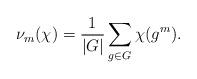
LaTeX: \begin{align*} \nu_m(\chi) = \frac{1}{|G|}\sum_{g\in G} \chi(g^m).\end{align*}